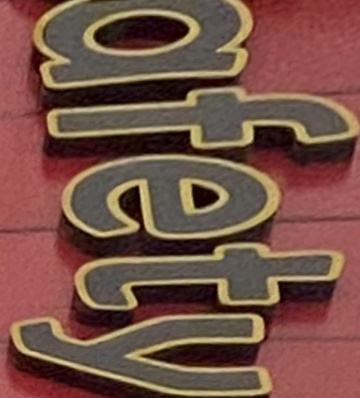
afety